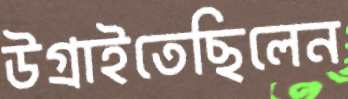
উগ্‌রাইতেছিলেন